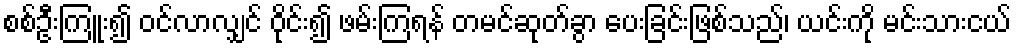
စစ်ဦးကြူး၍ ဝင်လာလျှင် ဝိုင်း၍ ဖမ်းကြရန် တမင်ဆုတ်ခွာ ပေးခြင်းဖြစ်သည်၊ ယင်းကို မင်းသားငယ်